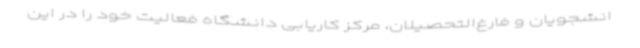
انشجویان و فارغ‌التحصیلان، مرکز کاریابی دانشگاه فعالیت خود را در این